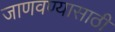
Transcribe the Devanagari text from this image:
जाणवण्यासाठी